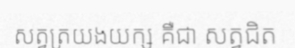
សត្វត្រយងយក្ស គឺជា សត្វជិត